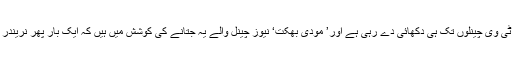
ان سبھی سوالوں کا حتمی جواب تو آئندہ 23مئی کو مل جائے گا مگر فی الحال بھگوا لہر ٹی وی چینلوں تک ہی دکھائی دے رہی ہے اور’ مودی بھکت‘ نیوز چینل والے یہ جتانے کی کوشش میں ہیں کہ ایک بار پھر نریندر مودی اقتدار میں لوٹنے والے ہیں جب کہ زمینی سطح پر بھاجپا کا کوئی اتہ پتہ نہیں ہے۔